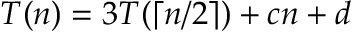
T ( n ) = 3 T ( \lceil n / 2 \rceil ) + c n + d